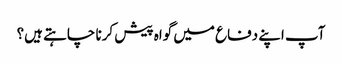
آپ اپنے دفاع میں گواہ پیش کرنا چاہتے ہیں؟